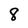
Character: 8